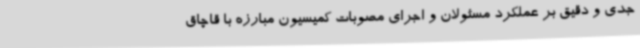
جدی و دقیق بر عملکرد مسئولان و اجرای مصوبات کمیسیون مبارزه با قاچاق